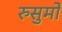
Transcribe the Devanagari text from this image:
रुसुमो